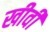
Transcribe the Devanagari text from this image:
खीवीं